Scottish Leaving Certificate Examination, 1961
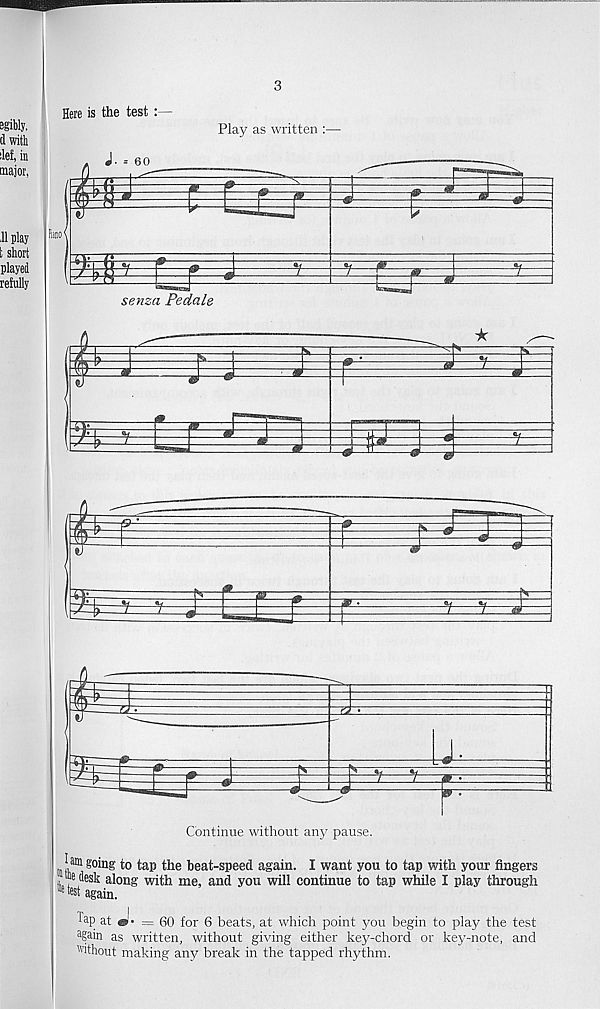
3
Here is the test
Play as written :—
am §'oing to tap the beat-speed again. I want you to tap with your fingers
,17 “ es k along with me, and you will continue to tap while I play through
11
again.
Tap at »'• = 60 for 6 beats, at which point you begin to play the test
a f>ain as written, without giving either key-chord or key-note, and
without making any break in the tapped rhythm.